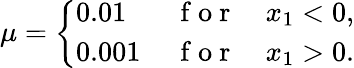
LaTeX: \mu=\left\{ \begin{array}{ll}{0.01\, }&{\mathrm{~f~o~r~}\quad x_{1}<0,}\\ {0.001\, }&{\mathrm{~f~o~r~}\quad x_{1}>0.}\end{array}\right.